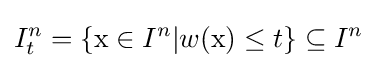
I_{t}^{n}=\{\mathrm {x} \in I^{n}|w(\mathrm {x} )\leq t\}\subseteq I^{n}